Vaccine operations Central Provinces & Berar 1922-1929 - 1922-1929
Year: 1922
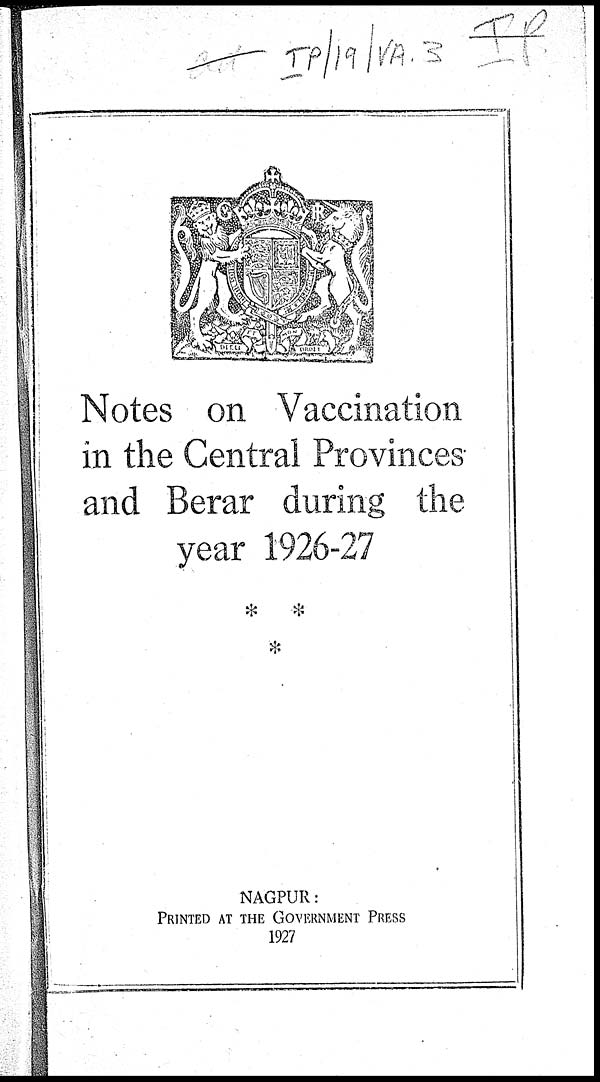
Notes on Vaccination
in the Central Provinces
and Berar during the
year 1926-27
NAGPUR:
PRINTED AT THE GOVERNMENT PRESS
1927